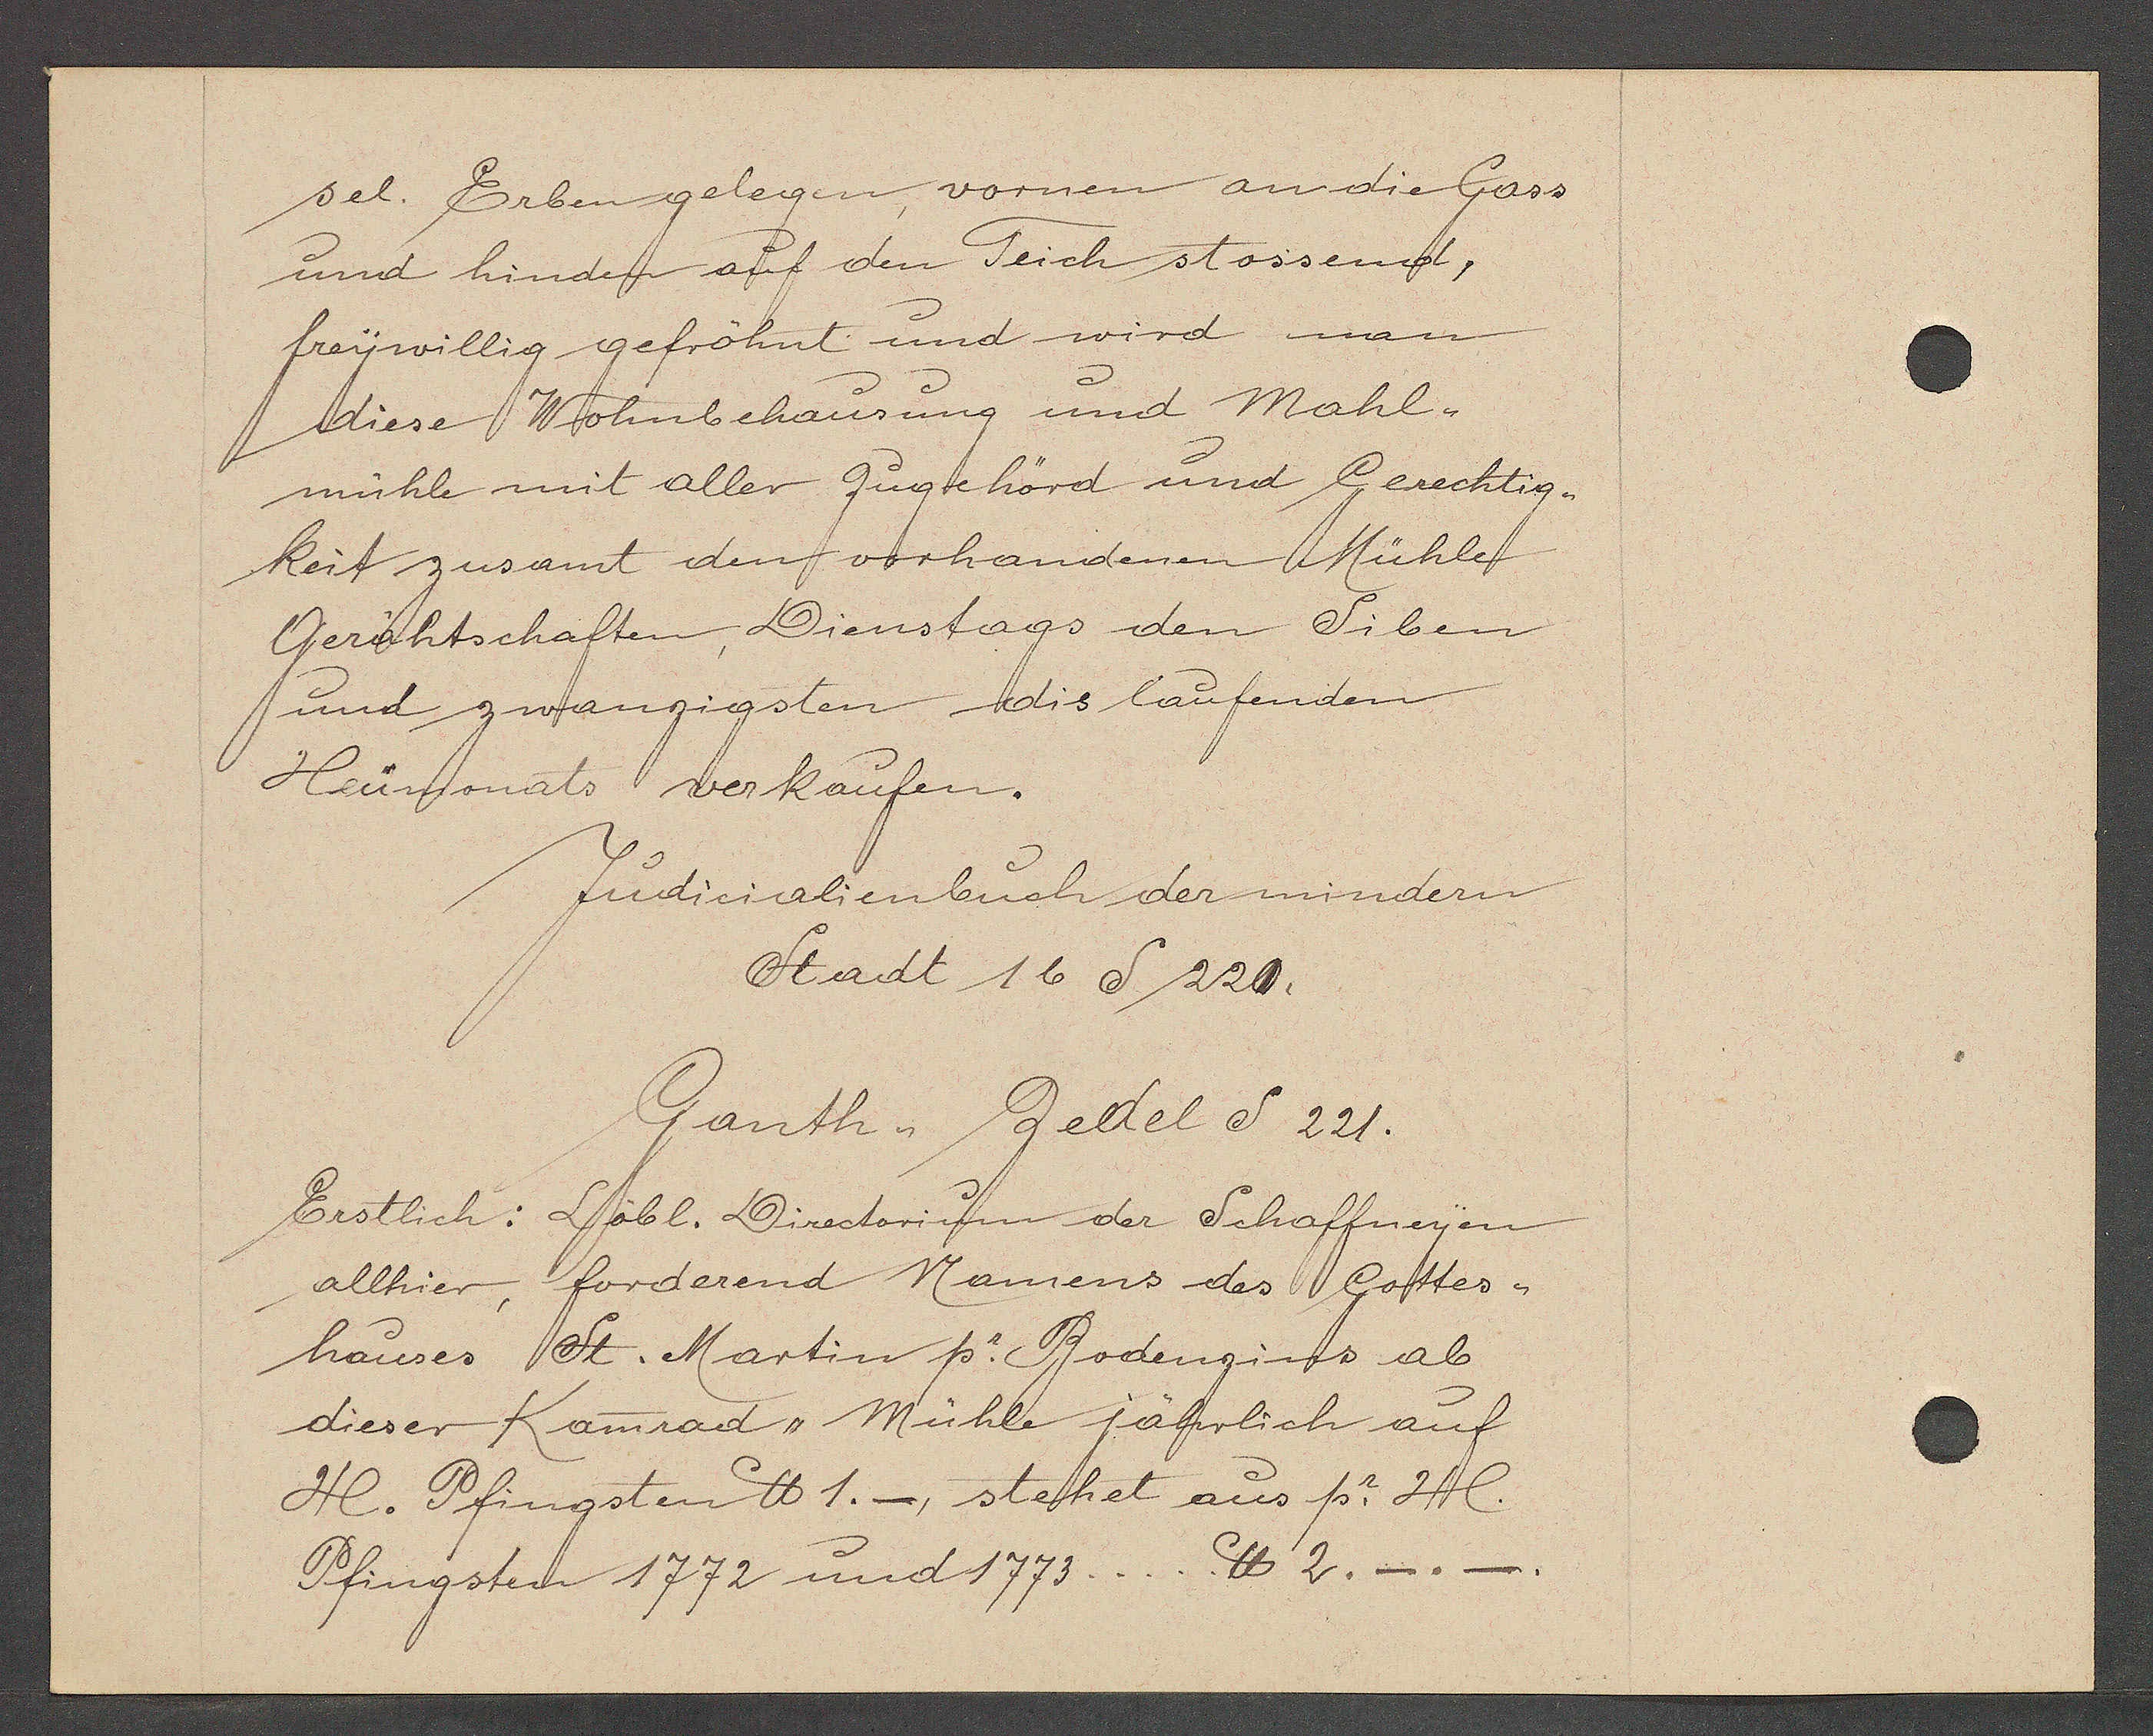
Transcript:
sel. Erben gelegen, vornen an die Gass
und hinden auf den Teich stossend,
freywillig gefröhnt und wird man
diese Wohnbehausung und Mahl¬
mühle mit aller Zugehörd und Gerechtig¬
keit zusamt den vorhandenen Mühle
Gerächtschaften, Dienstags den Siben
und zwanzigsten dis laufenden
Heümonats verkaufen.

Judicialienbuch der mindern
Stadt 16 S 220.

Ganth Zedel S 221.
Erstlich: Löbl. Directorium der Schaffneyen
allhier, forderend Namens das Gottes¬
hauses St. Martin p. Bodenzins ab
dieser Kamrad, Mühle jährlich auf
H. Pfingsten ℔ 1._, stehet aus p. Hl.
Pfingsten 1772 und 1773..... ℔ 2._._